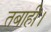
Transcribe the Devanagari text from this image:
तबाही।